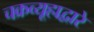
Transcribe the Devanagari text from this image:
चक्रव्यूहाद्वारे